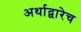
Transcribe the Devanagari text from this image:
अर्थाद्वारेच